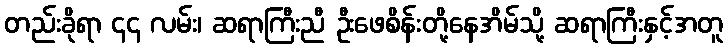
တည်းခိုရာ ၄၄ လမ်း၊ ဆရာကြီးညီ ဦးဖေစိန်းတို့နေအိမ်သို့ ဆရာကြီးနှင့်အတူ